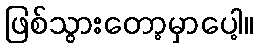
ဖြစ်သွားတော့မှာပေါ့။